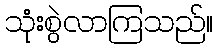
သုံးစွဲလာကြသည်။